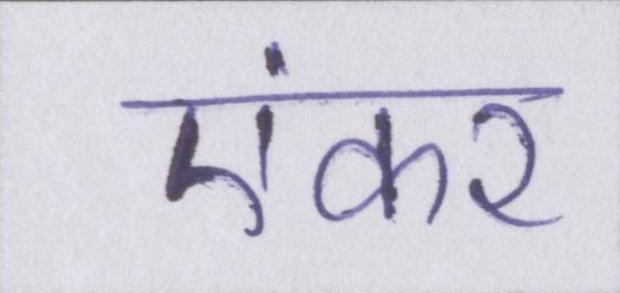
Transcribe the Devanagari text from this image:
एंकर